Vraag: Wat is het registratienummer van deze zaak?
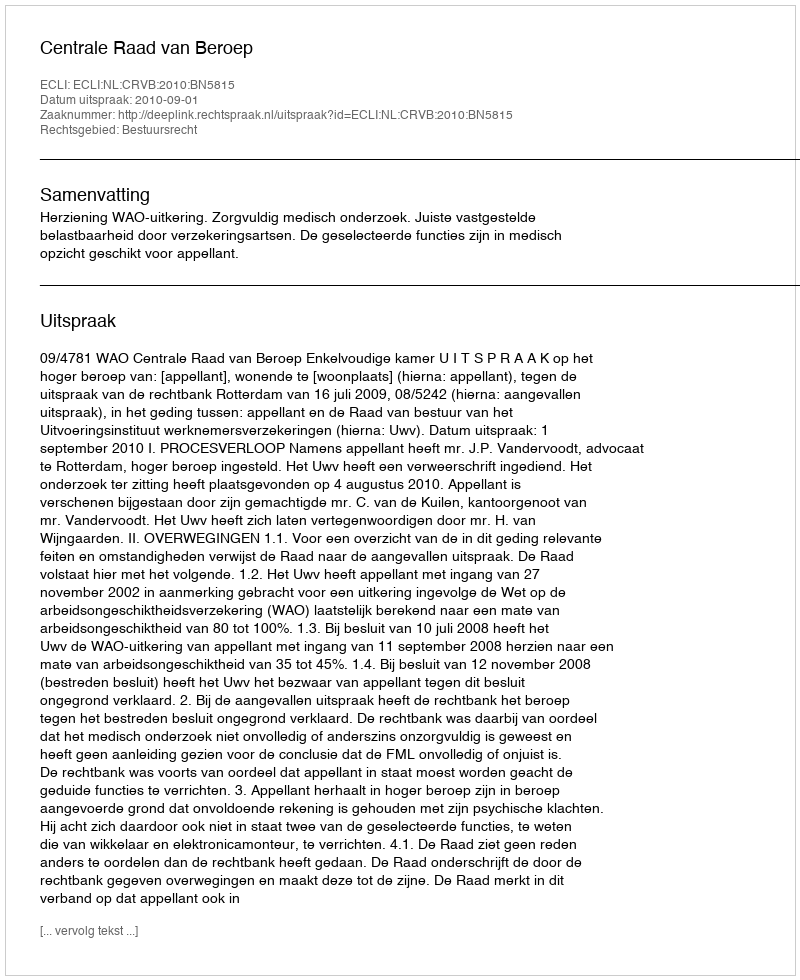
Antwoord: http://deeplink.rechtspraak.nl/uitspraak?id=ECLI:NL:CRVB:2010:BN5815